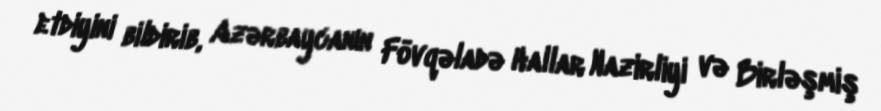
etdiyini bildirib, Azərbaycanın Fövqəladə Hallar Nazirliyi və Birləşmiş